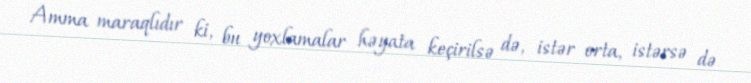
Amma maraqlıdır ki, bu yoxlamalar həyata keçirilsə də, istər orta, istərsə də